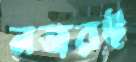
নজরই